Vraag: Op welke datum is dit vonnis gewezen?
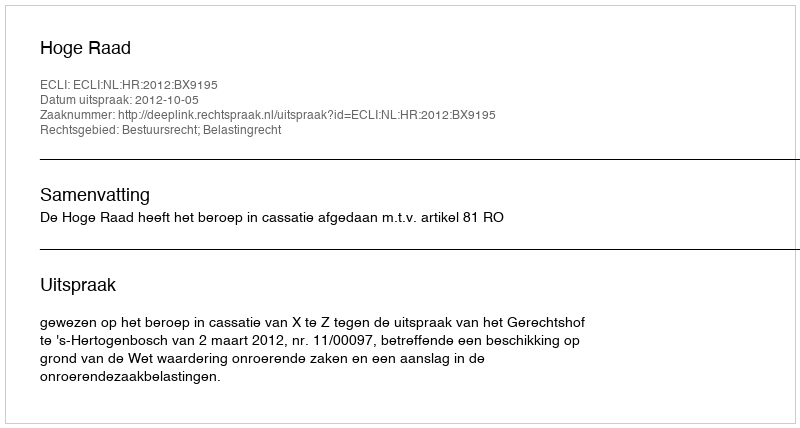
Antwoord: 2012-10-05